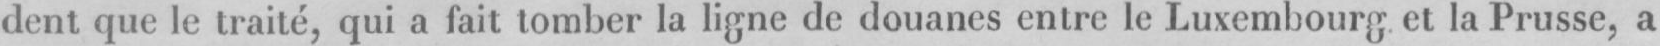
dent que le traité, qui a fait tomber la ligne de douanes entre le Luxembourg et laPrusse, a